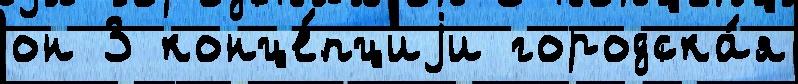
он 3 конце́пциjи городска́я